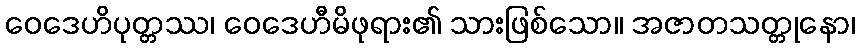
ဝေဒေဟိပုတ္တဿ၊ ဝေဒေဟီမိဖုရား၏ သားဖြစ်သော။ အဇာတသတ္တုနော၊